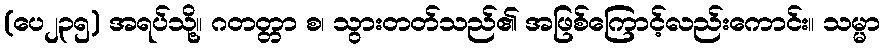
(ပေ၂၃၅) အရပ်သို့။ ဂတတ္တာ စ၊ သွားတတ်သည်၏ အဖြစ်ကြောင့်လည်းကောင်း။ သမ္မာ